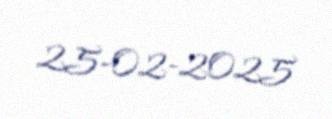
25-02-2025